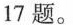
17题。